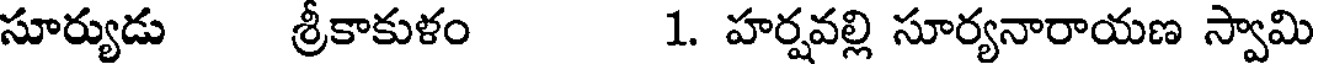
సూర్యుడు శ్రీకాకుళం 1. హర్షవల్లి సూర్యనారాయణ స్వామి